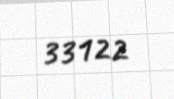
33122